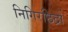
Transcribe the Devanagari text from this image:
निगिरछिद्रों